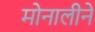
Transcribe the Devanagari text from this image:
मोनालीने